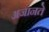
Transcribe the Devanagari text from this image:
अजानते